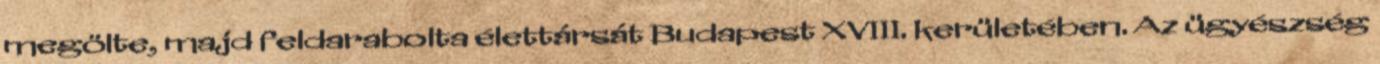
megölte, majd feldarabolta élettársát Budapest XVIII. kerületében. Az ügyészség